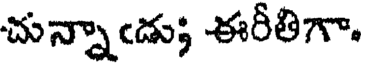
చున్నాఁడు; ఈరీతిగా.